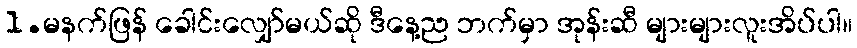
1.မနက်ဖြန် ခေါင်းလျှော်မယ်ဆို ဒီနေ့ည ဘက်မှာ အုန်းဆီ များများလူးအိပ်ပါ။